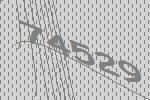
74529